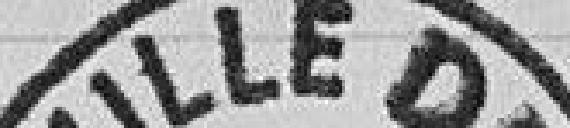
VILLE DE